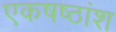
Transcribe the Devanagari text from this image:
एकषष्ठांश